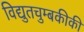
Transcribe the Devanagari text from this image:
विद्युतचुम्बकीकी